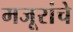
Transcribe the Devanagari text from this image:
मजूरांचे